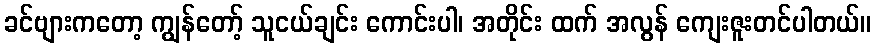
ခင်ဗျားကတော့ ကျွန်တော့် သူငယ်ချင်း ကောင်းပါ၊ အတိုင်း ထက် အလွန် ကျေးဇူးတင်ပါတယ်။